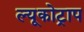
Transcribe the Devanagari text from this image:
ल्यूकोट्राप